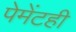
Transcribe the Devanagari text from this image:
पेमेंटही